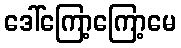
ဒေါ်ကြော့ကြော့မေ